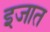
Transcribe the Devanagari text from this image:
इजात